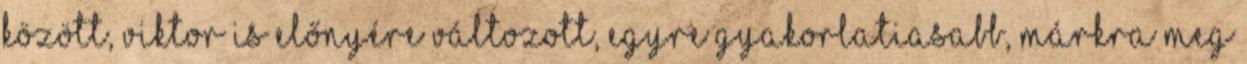
között, Viktor is előnyére változott, egyre gyakorlatiasabb, Márkra meg